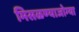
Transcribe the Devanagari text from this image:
मिसळण्याजोग्या